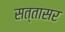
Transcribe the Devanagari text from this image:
सत्तासर